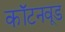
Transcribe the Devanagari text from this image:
कॉटनवूड